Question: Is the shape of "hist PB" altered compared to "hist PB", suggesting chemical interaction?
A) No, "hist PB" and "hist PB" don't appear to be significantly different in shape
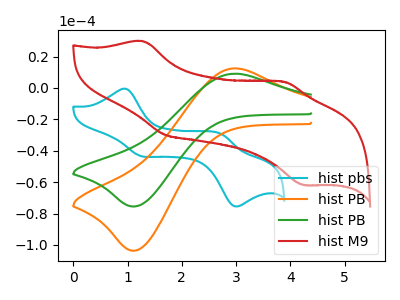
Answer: <think>The cyan curve "hist pbs" has anodic peaks at (1.00V, -0.55uA) (2.70V, -29.30uA) and cathodic peaks at (1.25V, -43.40uA) (2.95V, -75.25uA). The orange curve "hist PB" has an anodic peak at (2.95V, 12.45uA) and a cathodic peak at (1.15V, -103.65uA). The green curve "hist PB" has an anodic peak at (2.95V, 9.10uA) and a cathodic peak at (1.15V, -75.45uA). The red curve "hist M9" has anodic peaks at (1.30V, 29.80uA) (3.90V, 3.95uA) and cathodic peaks at (1.70V, -29.75uA) (4.25V, -61.90uA).
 All the peaks in "hist PB" have a peak in "hist PB" at the same potential. Every peak in "hist PB" is higher than every peak in "hist PB".</think>
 <answer>A) No, "hist PB" and "hist PB" don't appear to be significantly different in shape</answer>
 <eval>A</eval>